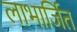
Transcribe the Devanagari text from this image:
लाभार्जित